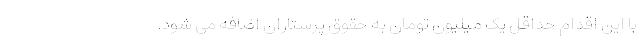
با این اقدام حداقل یک میلیون تومان به حقوق پرستاران اضافه می شود.